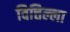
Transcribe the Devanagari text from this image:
वित्तिल्ला